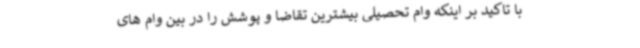
با تاکید بر اینکه وام تحصیلی بیشترین تقاضا و پوشش را در بین وام های